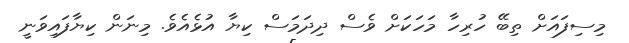
މިސިފައަށް ތިބޭ ހުރިހާ މަހަކަށް ވެސް ދިދަމަސް ކިޔާ އުޅެއެވެ. މިނަން ކިޔާފައިވަނީ